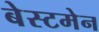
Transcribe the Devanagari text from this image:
बेस्टमेन